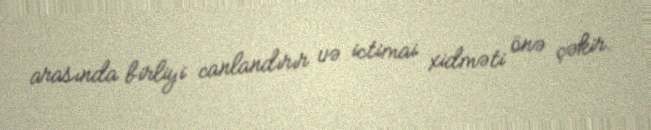
arasında birliyi canlandırır və ictimai xidməti önə çəkir.